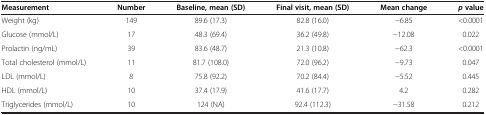
| Measurement | Number | Baseline, mean (SD) | Final visit, mean (SD) | Mean change | p value |
 | --- | --- | --- | --- | --- | --- |
 | Weight (kg) | 149 | 89.6 (17.3) | 82.8 (16.0) | -6.85 | <0.0001 |
 | Glucose (mmol/L) | 17 | 48.3 (69.4) | 36.2 (49.8) | -12.08 | 0.022 |
 | Prolactin (ng/mL) | 39 | 83.6 (48.7) | 21.3 (10.8) | -62.3 | <0.0001 |
 | Total cholesterol (mmol/L) | 11 | 81.7 (108.0) | 72.0 (96.2) | -9.73 | 0.047 |
 | LDL (mmol/L) | 8 | 75.8 (92.2) | 70.2 (84.4) | -5.52 | 0.445 |
 | HDL (mmol/L) | 10 | 37.4 (17.9) | 41.6 (17.7) | 4.2 | 0.282 |
 | Triglycerides (mmol/L) | 10 | 124 (NA) | 92.4 (112.3) | -31.58 | 0.212 |